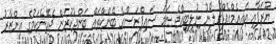
ޔޫރަޕާއި އައިއެމްއެފްގެ ލޯނު ނުލިބިއްޖެ ނަމަ ސައިޕްރަސްގެ ބޭންކްތައް ބަންދުކުރަން ޖެހޭނެކަމުގެ އިންޒާރު